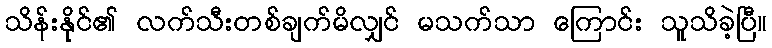
သိန်းနိုင်၏ လက်သီးတစ်ချက်မိလျှင် မသက်သာ ကြောင်း သူသိခဲ့ပြီ။